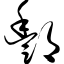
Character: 酆